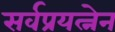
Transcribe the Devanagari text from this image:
सर्वप्रयत्नेन